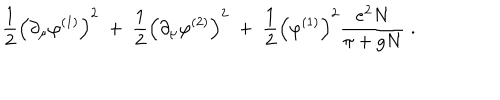
LaTeX: \frac { 1 } { 2 } \Big ( \partial _ { \mu } \varphi ^ { ( 1 ) } \Big ) ^ { 2 } \; + \; \frac { 1 } { 2 } \Big ( \partial _ { \mu } \varphi ^ { ( 2 ) } \Big ) ^ { 2 } \; + \; \frac { 1 } { 2 } \Big ( \varphi ^ { ( 1 ) } \Big ) ^ { 2 } \frac { e ^ { 2 } N } { \pi + g N } \; .